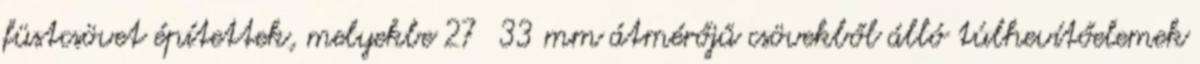
füstcsövet építettek, melyekbe 27 33 mm átmérőjű csövekből álló túlhevítőelemek